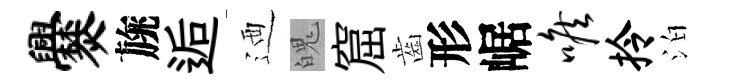
爨旐逅迺魄窟齒形崌喉拎泊